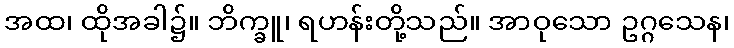
အထ၊ ထိုအခါ၌။ ဘိက္ခူ၊ ရဟန်းတို့သည်။ အာဝုသော ဥဂ္ဂသေန၊